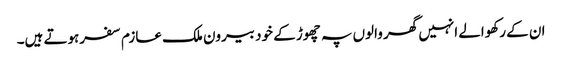
ان کے رکھوالے انہیں گھر والوں پہ چھوڑ کے خود بیرون ملک عازم سفرہوتے ہیں۔